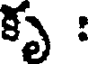
కృ :